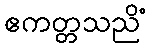
ဧကတ္တသညိံ